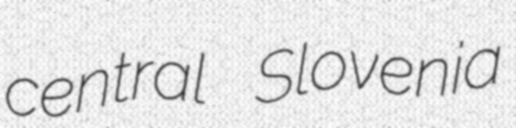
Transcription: central Slovenia